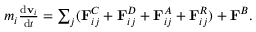
\begin{array} { r } { m _ { i } \frac { { \mathrm { d } } \mathbf { v } _ { i } } { { \mathrm { d } } t } = \sum _ { j } ( \mathbf { F } _ { i j } ^ { C } + \mathbf { F } _ { i j } ^ { D } + \mathbf { F } _ { i j } ^ { A } + \mathbf { F } _ { i j } ^ { R } ) + \mathbf { F } ^ { B } . } \end{array}